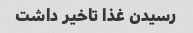
رسیدن غذا تاخیر داشت